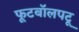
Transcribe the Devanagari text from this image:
फूटबॉलपटू